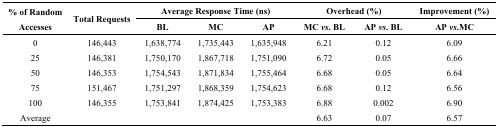
<table><thead><tr><td rowspan="3"><b>% of Random Accesses</b></td><td rowspan="3"><b>Total Requests</b></td><td colspan="3"><b>Average Response Time (ns)</b></td><td colspan="2"><b>Overhead (%)</b></td><td><b>Improvement (%)</b></td></tr><tr><td><b>BL</b></td><td><b>MC</b></td><td><b>AP</b></td><td><b>MC <i>vs.</i> BL</b></td><td><b>AP <i>vs.</i> BL</b></td><td><b>AP <i>vs.</i>MC</b></td></tr></thead><tbody><tr><td>0</td><td>146,443</td><td>1,638,774</td><td>1,735,443</td><td>1,635,948</td><td>6.21</td><td>0.12</td><td>6.09</td></tr><tr><td>25</td><td>146,381</td><td>1,750,170</td><td>1,867,718</td><td>1,751,090</td><td>6.72</td><td>0.05</td><td>6.66</td></tr><tr><td>50</td><td>146,353</td><td>1,754,543</td><td>1,871,834</td><td>1,755,464</td><td>6.68</td><td>0.05</td><td>6.64</td></tr><tr><td>75</td><td>151,467</td><td>1,751,297</td><td>1,868,359</td><td>1,754,623</td><td>6.68</td><td>0.12</td><td>6.56</td></tr><tr><td>100</td><td>146,355</td><td>1,753,841</td><td>1,874,425</td><td>1,753,383</td><td>6.88</td><td>0.002</td><td>6.90</td></tr><tr><td>Average</td><td></td><td></td><td></td><td></td><td>6.63</td><td>0.07</td><td>6.57</td></tr></tbody></table>